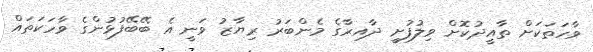
ވާހަތަކަށް ތާއީދުކޮށް ވިލުފުށީ ދާއިރާގެ މެންބަރު ރިޔާޒު ވަނީ އެ ބޭބޭފުޅުންގެ ވާހަކަތައް